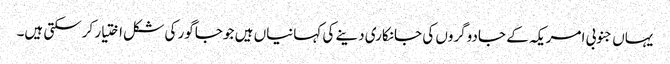
یہاں جنوبی امریکہ کے جادوگروں کی جانکاری دینے کی کہانیاں ہیں جو جاگور کی شکل اختیار کرسکتی ہیں۔